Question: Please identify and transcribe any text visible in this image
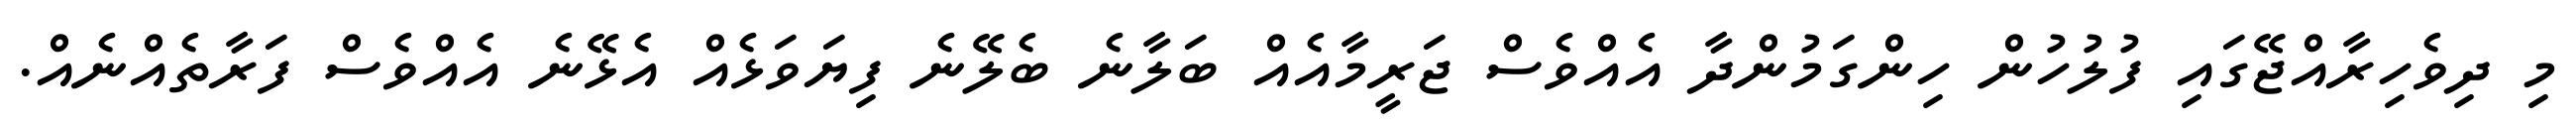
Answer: މި ދިވެހިރާއްޖޭގައި ފުލުހުން ހިންގަމުންދާ އެއްވެސް ޖަރީމާއެއް ބަލާނެ ބެލޭނެ ފިޔަވަޅެއް އެޅޭނެ އެއްވެސް ފަރާތެއްނެއް.